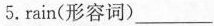
5.rain(形容词)___